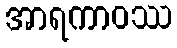
အာရကာဝဿ